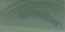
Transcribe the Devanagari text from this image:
करणेकरितां